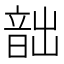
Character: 韷